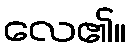
လေ၏။